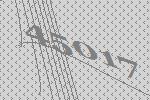
45017